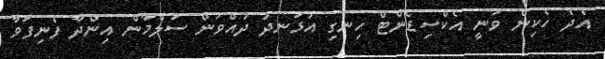
އެދެ ހެކިން ވަނީ އެކްސިޑެންޓް ހިނގި އުޅަނދު ދުއްވަން ސަލްމާން އިންދާ ފެނިފަވާ